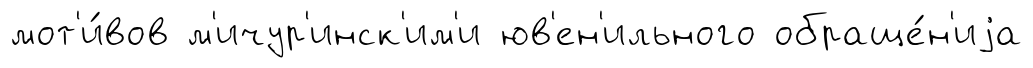
мот'и́вов м'ичур'инск'им'и юв'ен'ильного обраще́н'иjа